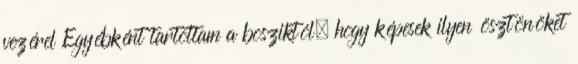
vezérel Egyébként tartottam a bosziktól, hogy képesek ilyen ösztönöket